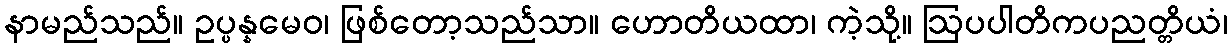
နာမည်သည်။ ဥပ္ပန္နမေဝ၊ ဖြစ်တော့သည်သာ။ ဟောတိယထာ၊ ကဲ့သို့။ ဩပပါတိကပညတ္တိယံ၊